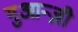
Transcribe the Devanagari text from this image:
गुआन्ज़ी